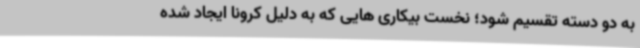
به دو دسته تقسیم شود؛ نخست بیکاری هایی که به دلیل کرونا ایجاد شده